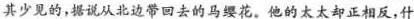
其少见的，据说从北边带回去的马缨花。他的太太却正相反，什